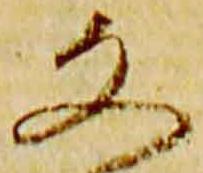
文